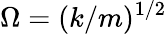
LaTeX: \Omega=(k/m)^{1/2}